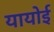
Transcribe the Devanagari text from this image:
यायोई